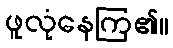
ဖူလုံနေကြ၏။